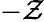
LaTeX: -\mathcal{Z}